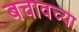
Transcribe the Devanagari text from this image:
बचावच्या